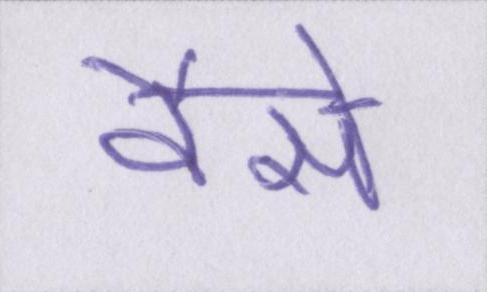
वैसे